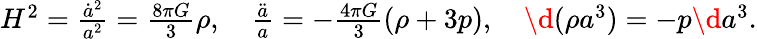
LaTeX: \begin{array}{r}{H^{2}=\frac{\dot{a}^{2}}{a^{2}}=\frac{8\pi G}{3}\rho,\quad\frac{\ddot{a}}{a}=-\frac{4\pi G}{3}(\rho+3p),\quad\d(\rho a^{3})=-p\d a^{3}.}\end{array}